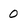
Character: 0